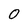
Character: 0